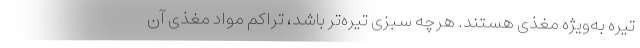
تیره به‌ویژه مغذی هستند. هرچه سبزی تیره‌تر باشد، تراکم مواد مغذی آن